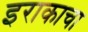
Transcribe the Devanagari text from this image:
इराकाचा